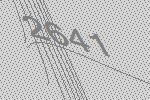
2641